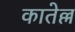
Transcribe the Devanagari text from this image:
कातेल्ल